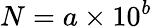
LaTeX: N=a\times 10^{b}